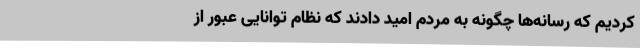
کردیم که رسانه‌ها چگونه به مردم امید دادند که نظام توانایی عبور از